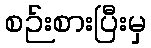
စဉ်းစားပြီးမှ